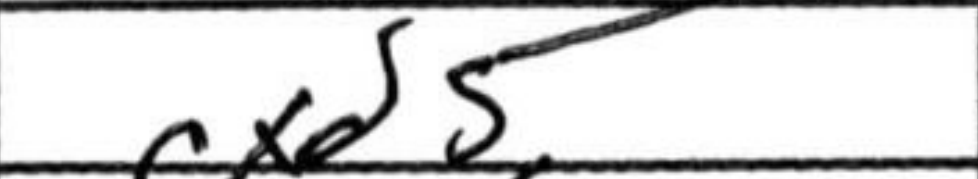
Transcription: cxd5